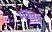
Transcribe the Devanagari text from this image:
मक्तब